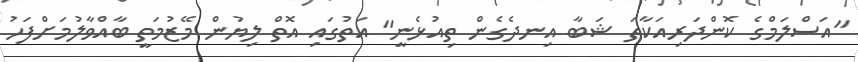
"އަސްލަމްގެ ކޮންދަރިއަކާތަ ޝަބާ އިނދެގެން ތިއުޅެނީ" އަތުގައި އޮތް ލިޔުން މޭޒުމަތީ ބާއްވާލުމަށްފަހު